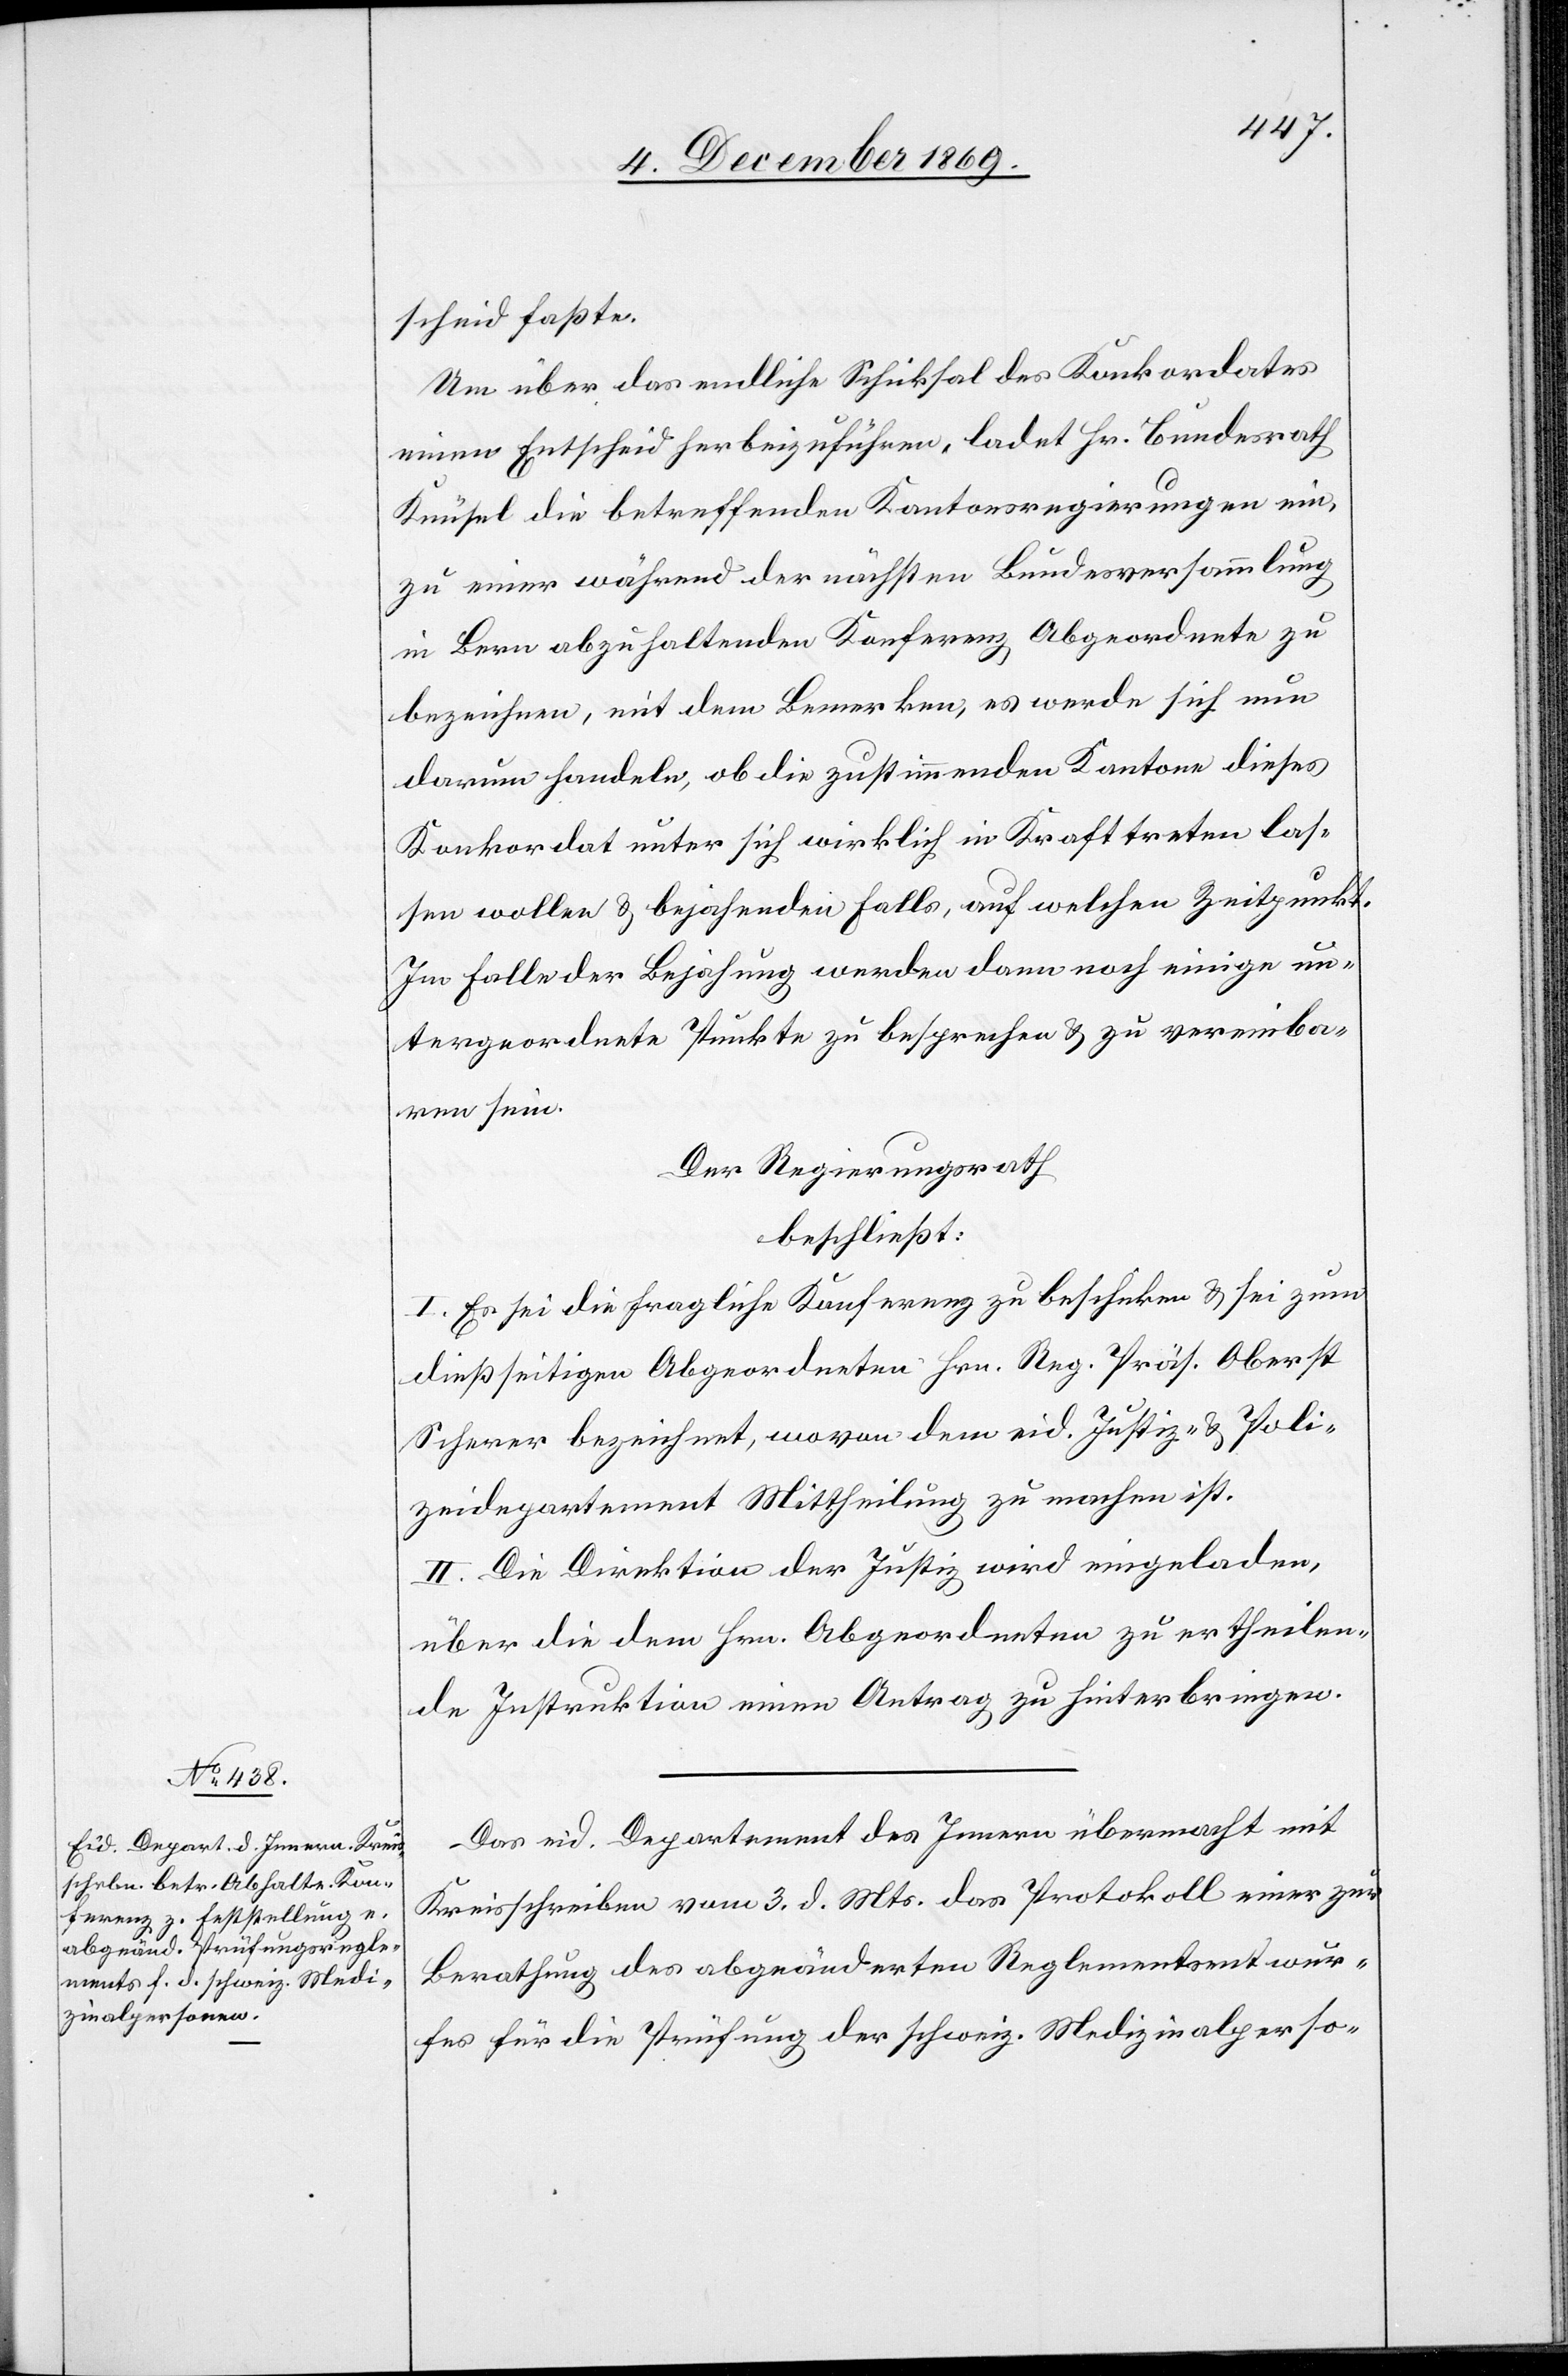
scheid faßte.
Um über das endliche Schicksal des Konkordates
einen Entscheid herbeizuführen, ladet Hr. Bundesrath
Knüsel die betreffenden Kantonsregierungen ein,
zu einer während der nächsten Bundesversammlung
in Bern abzuhaltenden Konferenz Abgeordnete zu
bezeichnen, mit dem Bemerken, es werde sich nun
darum handeln, ob die zustimmenden Kantone dieses
Konkordat unter sich wirklich in Kraft treten las¬
sen wollen & bejahenden Falls, auf welchen Zeitpunkt.
Im Falle der Bejahung werden dann noch einige un¬
tergeordnete Punkte zu besprechen & zu vereinba¬
ren sein.
Der Regierungsrath
beschließt:
I. Es sei die fragliche Konferenz zu beschicken & sei zum
dießseitigen abgeordneten Hrn. Reg. Präs. Oberst
Scherer bezeichnet, wovon dem eid. Justiz- & Poli¬
zeidepartement Mittheilung zu machen ist.
II. Die Direktion der Justiz wird eingeladen,
über die dem Hrn. Abgeordneten zu ertheilen¬
de Instruktion einen Antrag zu hinterbringen.
Das eid. Departement des Innern übermacht mit
Kreisschreiben vom 3. d. Mts. das Protokoll einer zur
Berathung des abgeänderten Reglementsentwur¬
fes für die Prüfung der schweiz. Medizinalperso-